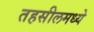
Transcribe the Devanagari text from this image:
तहसीलमध्ये